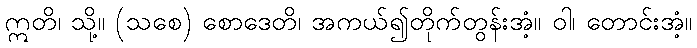
ဣတိ၊ သို့။ (သစေ) စောဒေတိ၊ အကယ်၍တိုက်တွန်းအံ့။ ဝါ၊ တောင်းအံ့။